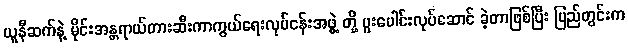
ယူနီဆက်နဲ့ မိုင်းအန္တရာယ်တားဆီးကာကွယ်ရေးလုပ်ငန်းအဖွဲ့ တို့ ပူးပေါင်းလုပ်ဆောင် ခဲ့တာဖြစ်ပြီး ပြည်တွင်းက